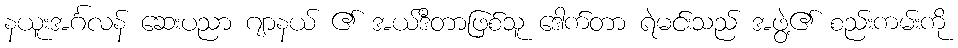
နယူးအင်္ဂလန် ဆေးပညာ ဂျာနယ် ၏ အယ်ဒီတာဖြစ်သူ ဒေါက်တာ ရဲမင်းသည် အဖွဲ့၏ စည်းကမ်းကို